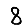
Digit: 8